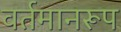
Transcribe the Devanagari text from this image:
वर्तमानरूप